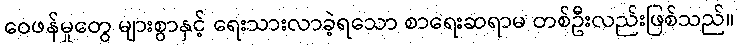
ဝေဖန်မှုတွေ များစွာနှင့် ရေးသားလာခဲ့ရသော စာရေးဆရာမ တစ်ဦးလည်းဖြစ်သည်။